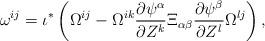
LaTeX: \begin{align*}\omega^{ij} = \iota^*\left(\Omega^{ij} - \Omega^{ik} \frac{\partial\psi^\alpha}{\partial Z^k} \Xi_{\alpha \beta} \frac{\partial\psi^\beta}{\partial Z^l} \Omega^{lj}\right),\end{align*}